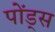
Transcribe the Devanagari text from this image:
पोंड्स